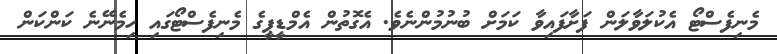
މެނިފެސްޓޯ އެކުލަވާލަން ފަށާފައިވާ ކަމަށް ބުނުމުންނެވެ. އެގޮތުން އެމްޑީޕީގެ މެނިފެސްޓޯގައި ހިމެނޭނެ ކަންކަން